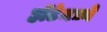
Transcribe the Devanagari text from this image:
हॉटेमध्ये